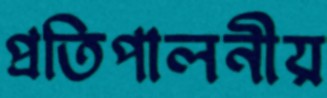
প্রতিপালনীয়